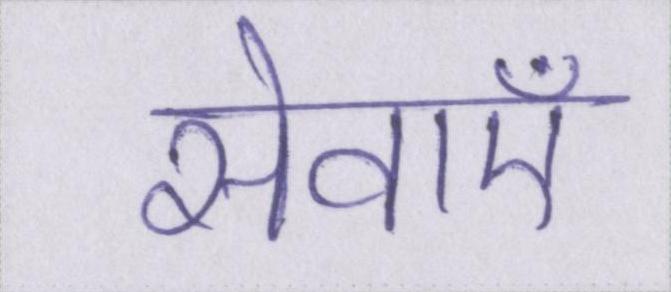
सेवाऍं